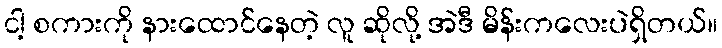
ငါ့ စကားကို နားထောင်နေတဲ့ လူ ဆိုလို့ အဲဒီ မိန်းကလေးပဲရှိတယ်။